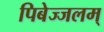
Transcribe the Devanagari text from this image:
पिबेज्जलम्